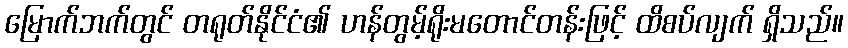
မြောက်ဘက်တွင် တရုတ်နိုင်ငံ၏ ဟန်တွမ့်ရိုးမတောင်တန်းဖြင့် ထိစပ်လျက် ရှိသည်။